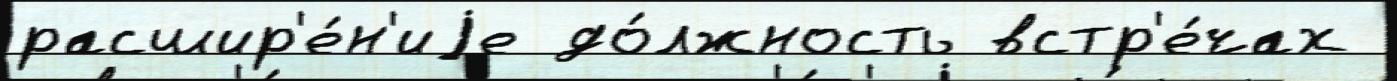
расшир'е́н'иjе до́лжность встр'е́чах